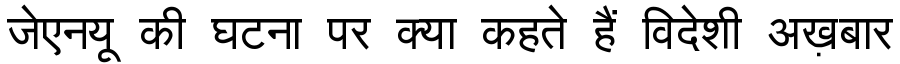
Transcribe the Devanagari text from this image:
जेएनयू की घटना पर क्या कहते हैं विदेशी अख़बार